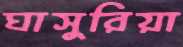
ঘাসুরিয়া